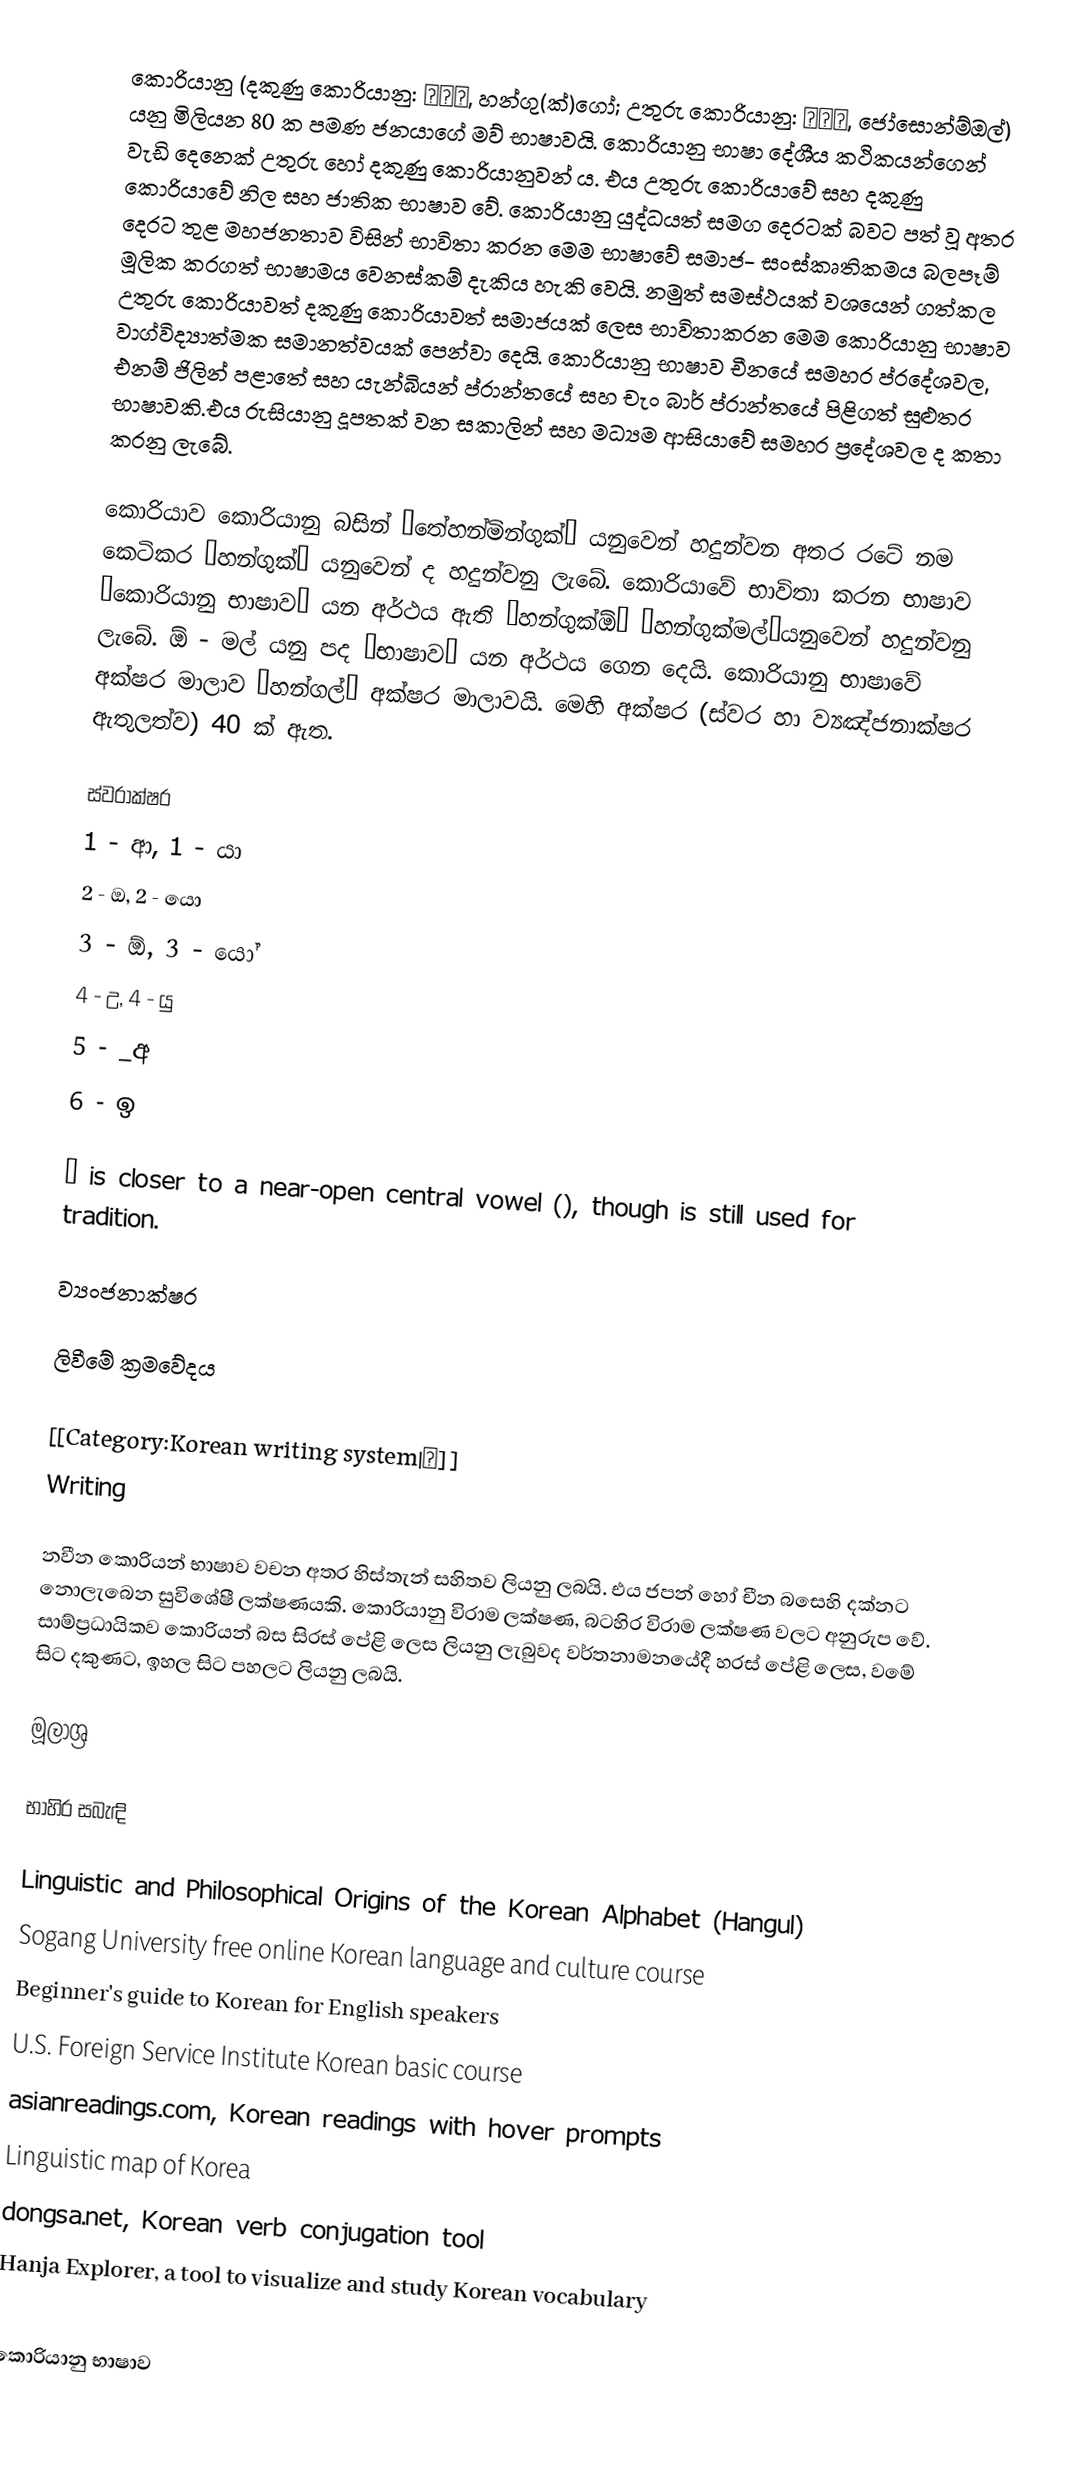
කොරියානු (දකුණු කොරියානු: 한국어, හන්ගු(ක්)ගෝ; උතුරු කොරියානු: 조선말, ජෝසොන්ම්ඔල්) යනු මිලියන 80 ක පමණ ජනයාගේ මව් භාෂාවයි. කොරියානු භාෂා දේශීය කථිකයන්ගෙන්  වැඩි දෙනෙක් උතුරු හෝ දකුණු කොරියානුවන් ය. එය උතුරු කොරියාවේ සහ දකුණු කොරියාවේ නිල සහ ජාතික භාෂාව වේ. කොරියානු යුද්ධයත් සමග දෙරටක් බවට පත් වූ අතර දෙරට තුළ මහජනතාව විසින් භාවිතා කරන මෙම භාෂාවේ සමාජ- සංස්කෘතිකමය බලපෑම් මූලික කරගත් භාෂාමය වෙනස්කම් දැකිය හැකි වෙයි. නමුත් සමස්ථයක් වශයෙන් ගත්කල උතුරු කොරියාවත් දකුණු කොරියාවත් සමාජයක් ලෙස භාවිතාකරන මෙම කොරියානු භාෂාව වාග්විද්‍යාත්මක සමානත්වයක් පෙන්වා දෙයි. කොරියානු භාෂාව චීනයේ සමහර ප්රදේශවල, එනම් ජිලින් පළාතේ සහ යැන්බියන් ප්රාන්තයේ සහ චැං බාර් ප්රාන්තයේ පිළිගත් සුළුතර භාෂාවකි.එය රුසියානු දූපතක් වන සකාලින් සහ මධ්‍යම ආසියාවේ සමහර ප්‍රදේශවල ද කතා කරනු ලැබේ.

කොරියාව කොරියානු බසින් ‘තේහන්මින්ගුක්’ යනුවෙන් හදුන්වන අතර රටේ නම කෙටිකර ‘හන්ගුක්’ යනුවෙන් ද හදුන්වනු ලැබේ. කොරියාවේ භාවිතා කරන භාෂාව ‘කොරියානු භාෂාව’ යන අර්ථය ඇති ‘හන්ගුක්ඕ’ ‘හන්ගුක්මල්’යනුවෙන් හදුන්වනු ලැබේ. ඕ - මල් යනු පද ‘භාෂාව’ යන අර්ථය ගෙන දෙයි. කොරියානු භාෂාවේ අක්ෂර මාලාව ‘හන්ගල්’ අක්ෂර මාලාවයි. මෙහි අක්ෂර (ස්වර හා ව්‍යඤ්ජනාක්ෂර ඇතුලත්ව) 40 ක් ඇත.

ස්වරාක්ෂර
1 - ආ, 1 - යා
2 - ඔ, 2 - යො
3 - ඕ, 3 - යෝ
4 - උ, 4 - යු
5 - _අ
6 - ඉ

 ㅏ is closer to a near-open central vowel (), though  is still used for tradition.

ව්‍යංජනාක්ෂර

ලිවීමේ ක්‍රමවේදය

[[Category:Korean writing system|τ]]
Writing

නවීන කොරියන් භාෂාව වචන අතර හිස්තැන් සහිතව ලියනු ලබයි. එය ජපන් හෝ චීන බසෙහි දක්නට නොලැබෙන සුවිශේෂී ලක්ෂණයකි. කොරියානු විරාම ලක්ෂණ, බටහිර විරාම ලක්ෂණ වලට අනුරුප වේ. සාම්ප්‍රධායිකව කොරියන් බස සිරස් පේළි ලෙස ලියනු ලැබුවද වර්තනාමනයේදී හරස් පේළි ලෙස, වමේ සිට දකුණට, ඉහල සිට පහලට ලියනු ලබයි.

මූලාශ්‍ර

භාහිර සබැඳි

 Linguistic and Philosophical Origins of the Korean Alphabet (Hangul)
 Sogang University free online Korean language and culture course
 Beginner's guide to Korean for English speakers
 U.S. Foreign Service Institute Korean basic course
 asianreadings.com, Korean readings with hover prompts
 Linguistic map of Korea
 dongsa.net, Korean verb conjugation tool
 Hanja Explorer, a tool to visualize and study Korean vocabulary

කොරියානු භාෂාව